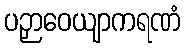
ပဉှာဝေယျာကရဏံ